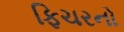
ફિચરનો